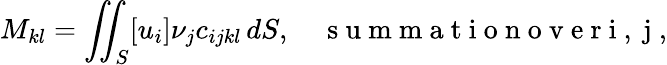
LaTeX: M_{kl}=\iint_{S}[u_{i}]\nu_{j}c_{ijkl}\, dS,\quad\mathrm{~s~u~m~m~a~t~i~o~n~o~v~e~r~i~,~j~},